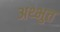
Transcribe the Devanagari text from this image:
अथ्भुत